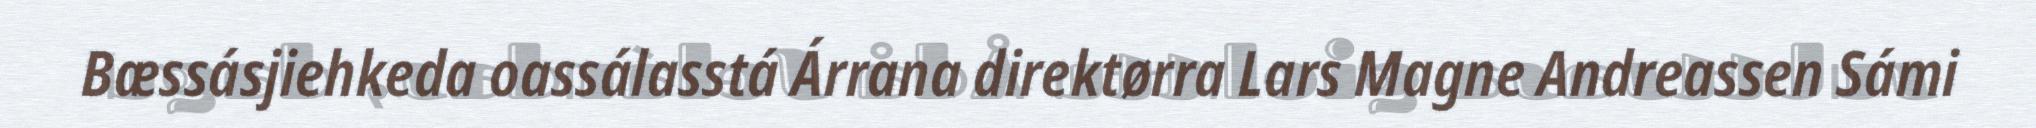
Bæssásjiehkeda oassálasstá Árrana direktørra Lars Magne Andreassen Sámi